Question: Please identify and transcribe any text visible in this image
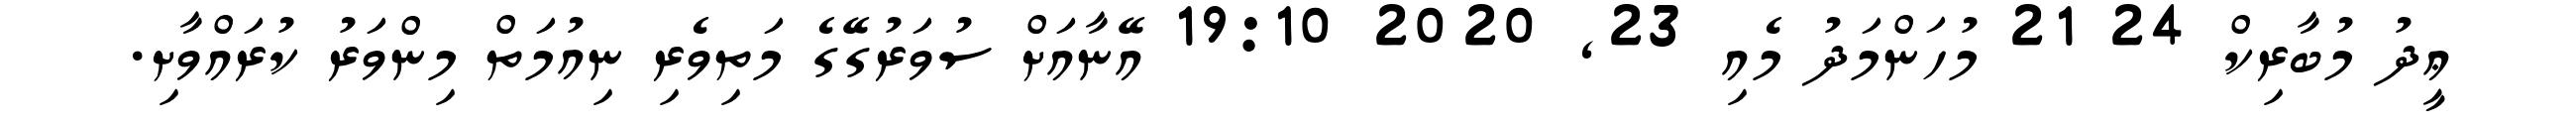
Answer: ޢީދު މުބާރިކް 24 21 މުހަންމަދު މެއި 23, 2020 19:10 އޭނާއަށް ސުވަރުގޭގެ މަތިވެރި ނިއުމަތް މިންވަރު ކުރައްވާށި.